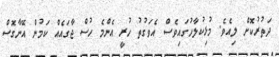
ދަތުރުކޮށް ލިއެވެ. މުޅިކުލާހުގައިވެސް އެވަގުތު ހުރީ އެންމެ ހުސް ޖާގައެއް ކަމުން އޭނާގޮސް